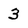
Character: 3